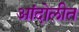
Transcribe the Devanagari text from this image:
आंदोलीत